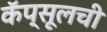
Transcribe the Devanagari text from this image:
कॅप्सूलची